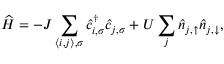
\widehat { H } = - J \sum _ { { \left\langle i , j \right\rangle } , \sigma } \hat { c } _ { { i } , \sigma } ^ { \dagger } \hat { c } _ { { j } , \sigma } + U \sum _ { { j } } \hat { n } _ { { j } , \uparrow } \hat { n } _ { { j } , \downarrow } ,